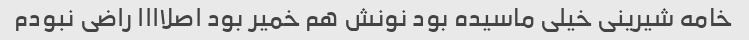
خامه شیرینی خیلی ماسیده بود نونش هم خمیر بود اصلاااا راضی نبودم